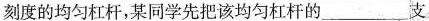
刻度的均匀杠杆，某同学先把该均匀杠杆的___支